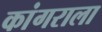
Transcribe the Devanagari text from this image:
कांगराला